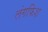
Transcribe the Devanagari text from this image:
लंगफिश